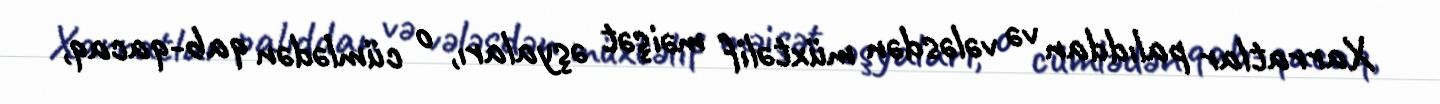
Xarratlar palıddan və vələsdən müxtəlif məişət əşyaları, o cümlədən qab-qacaq,